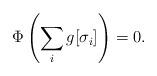
LaTeX: \begin{align*} \Phi\left(\sum_i g [\sigma_i]\right) = 0.\end{align*}